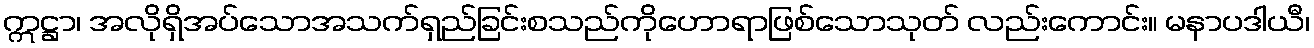
ဣဋ္ဌာ၊ အလိုရှိအပ်သောအသက်ရှည်ခြင်းစသည်ကိုဟောရာဖြစ်သောသုတ် လည်းကောင်း။ မနာပဒါယီ၊